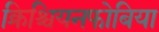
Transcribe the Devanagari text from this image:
क्रिश्चियनफोबिया